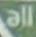
All